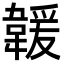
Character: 𩏅